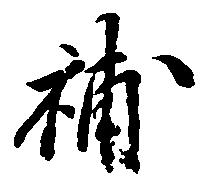
補